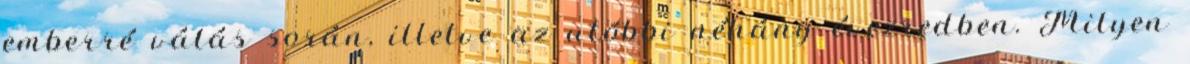
emberré válás során, illetve az utóbbi néhány évezredben. Milyen